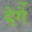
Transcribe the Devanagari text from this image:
देगेें